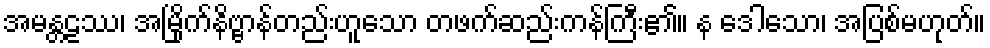
အမန္တဠဿ၊ အမြိုက်နိဗ္ဗာန်တည်းဟူသော တဖက်ဆည်းကန်ကြီး၏။ န ဒေါသော၊ အပြစ်မဟုတ်။